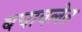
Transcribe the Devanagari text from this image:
बचावलेत